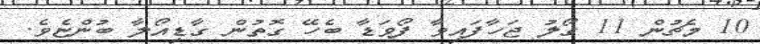
10 މެޗުން 11 ގޯލު ޖަހާފައިވާ ފޯވަޑާ ބެހޭ ގޮތުން ގާޑިއޯލާ ބުންޏެވެ.